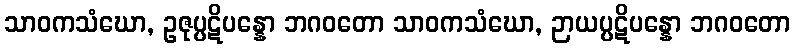
သာဝကသံဃော, ဥဇုပ္ပဋိပန္နော ဘဂဝတော သာဝကသံဃော, ဉာယပ္ပဋိပန္နော ဘဂဝတော